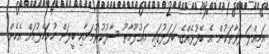
އަމިއްލަ ފަރާތަކުން އެ ބޭފުޅެއްގެ ބަދަލުގައި މަޢުލޫމާތު ސާފުކުރުމަށާއި ބީލަން ހުށަހެޅުމަށް އެހެން